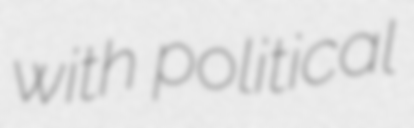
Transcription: with political